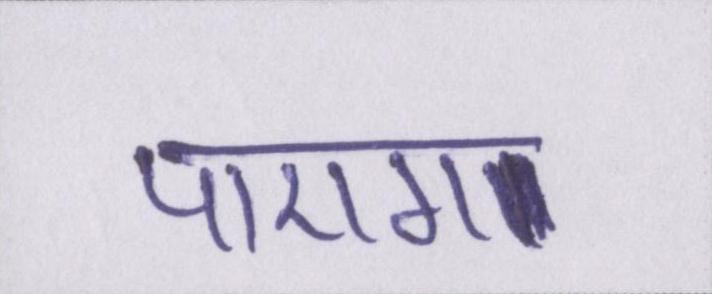
पाएगा